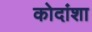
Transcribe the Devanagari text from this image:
कोदांशा